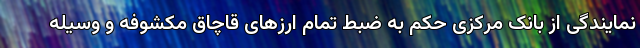
نمایندگی از بانک مرکزی حکم به ضبط تمام ارزهای قاچاق مکشوفه و وسیله